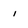
Character: i